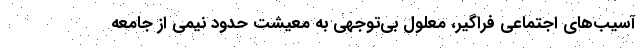
آسیب‌های اجتماعی فراگیر، معلول بی‌توجهی به معیشت حدود نیمی از جامعه